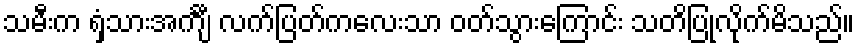
သမီးက ရှံသားအင်္ကျီ လက်ပြတ်ကလေးသာ ဝတ်သွားကြောင်း သတိပြုလိုက်မိသည်။